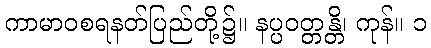
ကာမာဝစရနတ်ပြည်တို့၌။ နပ္ပဝတ္တန္တိ၊ ကုန်။ ၁